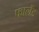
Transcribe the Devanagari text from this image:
फालैंड